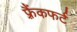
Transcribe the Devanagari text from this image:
फ़्रैंकफर्ट